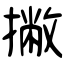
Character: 撇